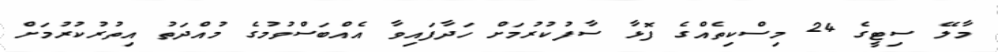
މާލޭ ސިޓީގެ 24 މިސްކިތެއްގެ ފޮޅާ ސާފުކުރުމަށް ހަދާފައިވާ އެއްބަސްވުމުގެ މުއްދަތު އިތުރުކުރުމަށް